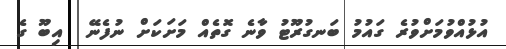
އުޅުއްވުމަށްވުރެ ގައުމު ބަނގުރޫޓު ވާނެ ގޮތެއް މަށަކަށް ނުފެނޭ  އިބޫ ގެ